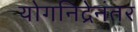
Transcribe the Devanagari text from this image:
योगनिद्रेनंतर